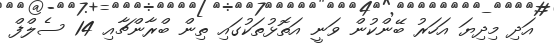
އަދި މިދިޔަ އަހަރު ބޭންކުން ވަނީ އަތޮޅުތަކުގައި ތިން ބްރާންޗާއި 14 ސެލްފް